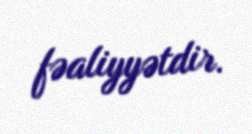
fəaliyyətdir.